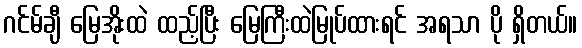
ဂင်မ်ချီ မြေအိုးထဲ ထည့်ပြီး မြေကြီးထဲမြုပ်ထားရင် အရသာ ပို ရှိတယ်။